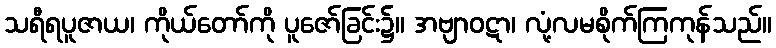
သရီရပူဇာယ၊ ကိုယ်တော်ကို ပူဇော်ခြင်း၌။ အဗျာဝဋာ၊ လုံ့လမစိုက်ကြကုန်သည်။